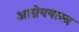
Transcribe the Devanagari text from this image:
आग्नेययास्त्र